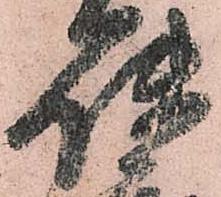
使